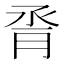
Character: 脀